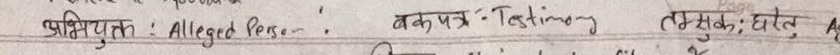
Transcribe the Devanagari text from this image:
अभियुक्त : Alleged Person. बकपत्र : Testimony तस्सुफ:खेत A